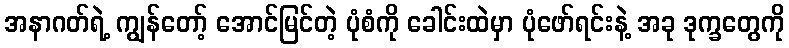
အနာဂတ်ရဲ့ ကျွန်တော့် အောင်မြင်တဲ့ ပုံစံကို ခေါင်းထဲမှာ ပုံဖော်ရင်းနဲ့ အခု ဒုက္ခတွေကို